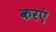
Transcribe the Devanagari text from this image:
करएं